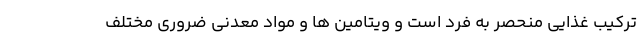
ترکیب غذایی منحصر به فرد است و ویتامین ها و مواد معدنی ضروری مختلف